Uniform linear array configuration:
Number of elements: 16
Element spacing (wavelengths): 0.75
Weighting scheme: cosine
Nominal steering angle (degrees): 45
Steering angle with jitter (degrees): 45.8
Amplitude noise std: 0.05
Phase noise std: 0.05

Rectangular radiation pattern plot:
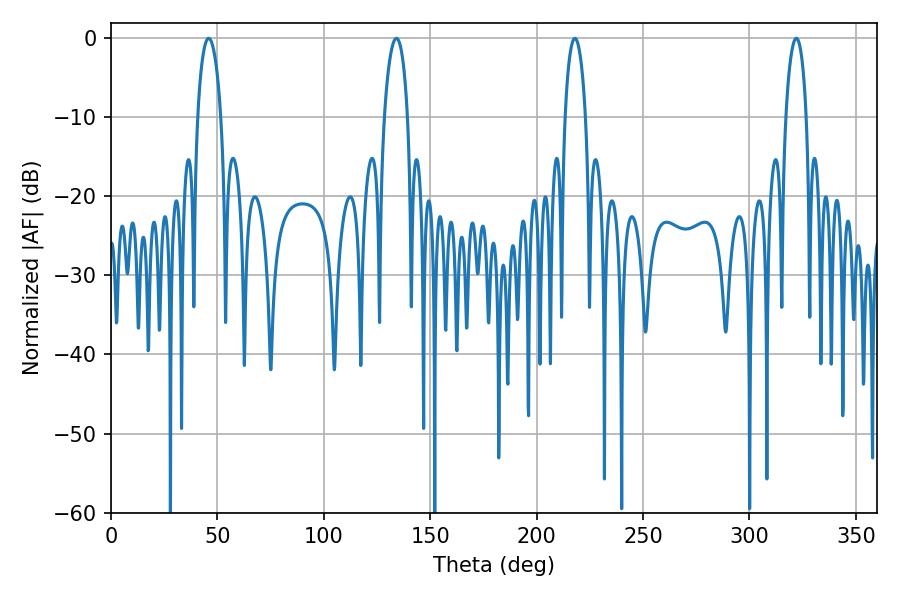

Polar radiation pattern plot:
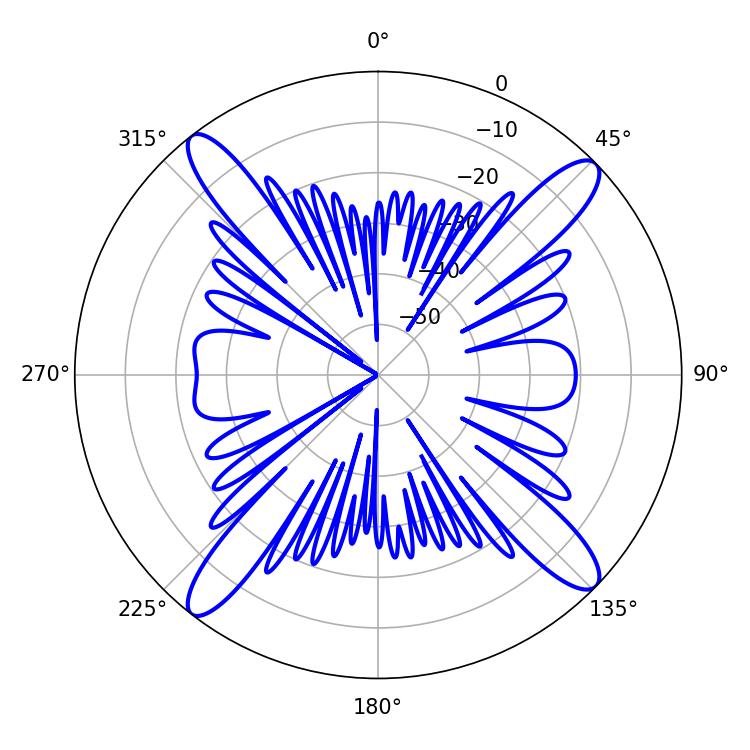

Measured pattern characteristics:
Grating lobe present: TRUE
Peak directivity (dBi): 16.733
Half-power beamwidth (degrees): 5.58
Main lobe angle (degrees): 217.98